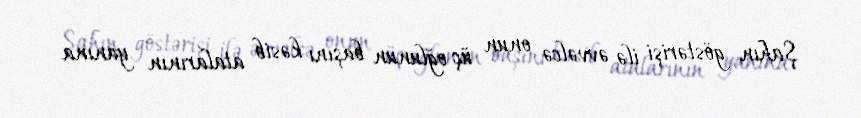
Şahın göstərişi ilə əvvəlcə onun üç oğlunun başını kəsib atalarının yanına